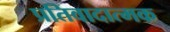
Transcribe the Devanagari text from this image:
प्रतिवादात्मक